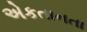
એકતાનતા